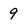
Character: 9